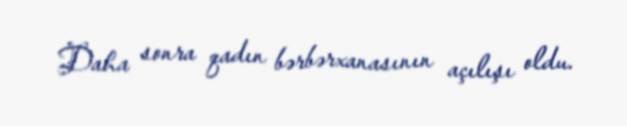
Daha sonra qadın bərbərxanasının açılışı oldu.